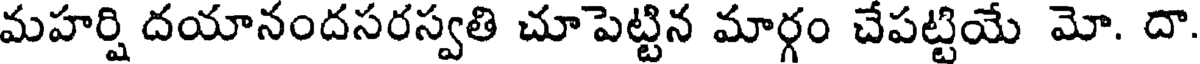
మహర్షి దయానందసరస్వతి చూపెట్టిన మార్గం చేపట్టియే మో. దా